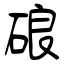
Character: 硠